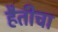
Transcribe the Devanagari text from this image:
हैतीचा